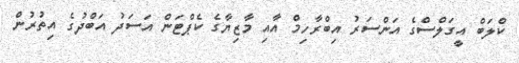
ކްލަބް އީގަލްސްގެ އަންސަރު އިބްރާހިމް އާއި މާޒިޔާގެ ކެޕްޓަން އަސަދު އަބްދުގެ އިތުރުން